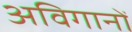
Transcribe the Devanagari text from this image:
अविगानों